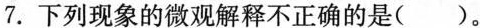
7.下列现象的微观解释不正确的是( )。